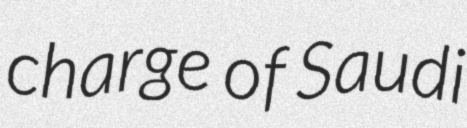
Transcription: charge of Saudi